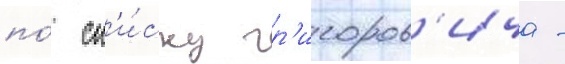
по́ сп'и́ску гр'игоров'ича -